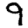
Digit: 9